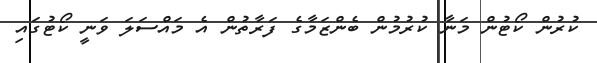
ކުރުން ކޯޓުން މަނާ ކުރުމުން ބެންޒަމާގެ ފަރާތުން އެ މައްސަލަ ވަނީ ކޯޓުގައި